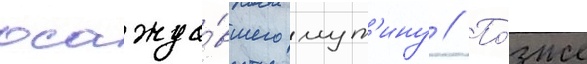
осажда́вшего мут'ину // По́зже